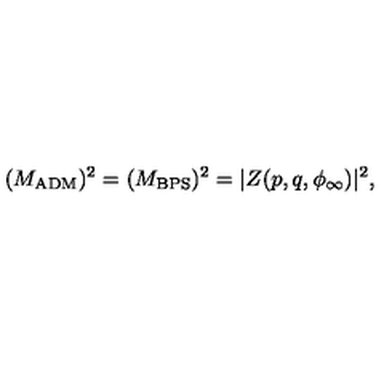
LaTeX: ( M _ { \mathrm { A D M } } ) ^ { 2 } = ( M _ { \mathrm { B P S } } ) ^ { 2 } = | Z ( p , q , \phi _ { \infty } ) | ^ { 2 } ,